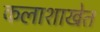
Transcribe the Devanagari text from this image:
कलाशाखेत